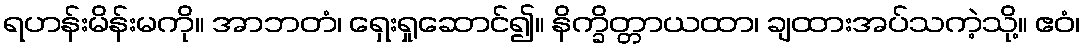
ရဟန်းမိန်းမကို။ အာဘတံ၊ ရှေးရှုဆောင်၍။ နိက္ခိတ္တာယထာ၊ ချထားအပ်သကဲ့သို့။ ဧဝံ၊